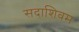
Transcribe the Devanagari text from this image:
सदाशिवम